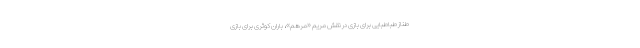
طناز طباطبایی برای بازی در نقش مریم «مرهم»، باران کوثری برای بازی